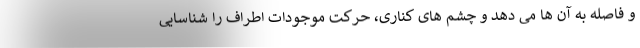
و فاصله به آن ها می دهد و چشم های کناری، حرکت موجودات اطراف را شناسایی